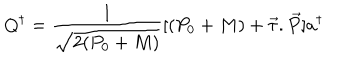
Q ^ { \dagger } = \frac { 1 } { \sqrt { 2 ( P _ { 0 } + M ) } } [ ( P _ { 0 } + M ) + \overrightarrow { \tau } . \overrightarrow { P } ] a ^ { \dagger }